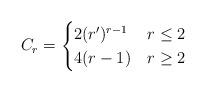
LaTeX: \begin{align*}C_r=\begin{cases} 2(r')^{r-1} & r\leq 2 \\ 4(r-1) & r\geq 2 \end{cases}\end{align*}